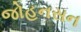
જોહનસન